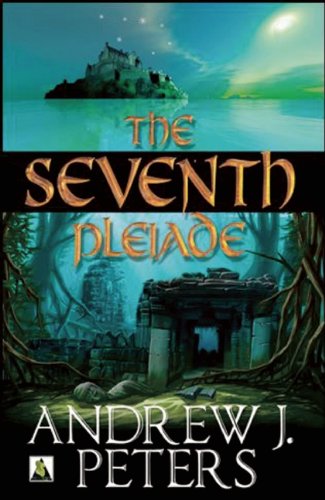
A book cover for The Seventh Pleiade; Andrew J. Peters; Teen & Young Adult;